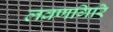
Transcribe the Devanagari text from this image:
लवणगिरि